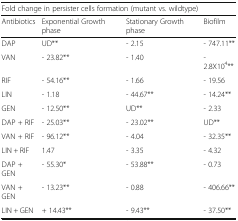
| <COLSPAN=4> Fold change in persister cells formation (mutant vs. wildtype) |
 | Antibiotics | Exponential Growth phase | Stationary Growth phase | Biofilm |
 | --- | --- | --- | --- |
 | DAP | UD** | - 2.15 | - 747.11** |
 | VAN | - 23.82** | - 1.40 | - 2.8X104** |
 | RIF | - 54.16** | - 1.66 | - 19.56 |
 | LIN | - 1.18 | - 44.67** | - 14.24** |
 | GEN | - 12.50** | UD** | - 2.33 |
 | DAP + RIF | - 25.03** | - 23.02** | UD** |
 | VAN + RIF | - 96.12** | - 4.04 | - 32.35** |
 | LIN + RIF | 1.47 | - 3.35 | - 4.32 |
 | DAP + GEN | - 55.30* | - 53.88** | - 0.73 |
 | VAN + GEN | - 13.23** | - 0.88 | - 406.66** |
 | LIN + GEN | + 14.43** | - 9.43** | - 37.50** |